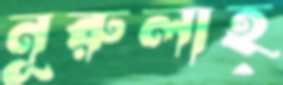
নূরুলাহ্